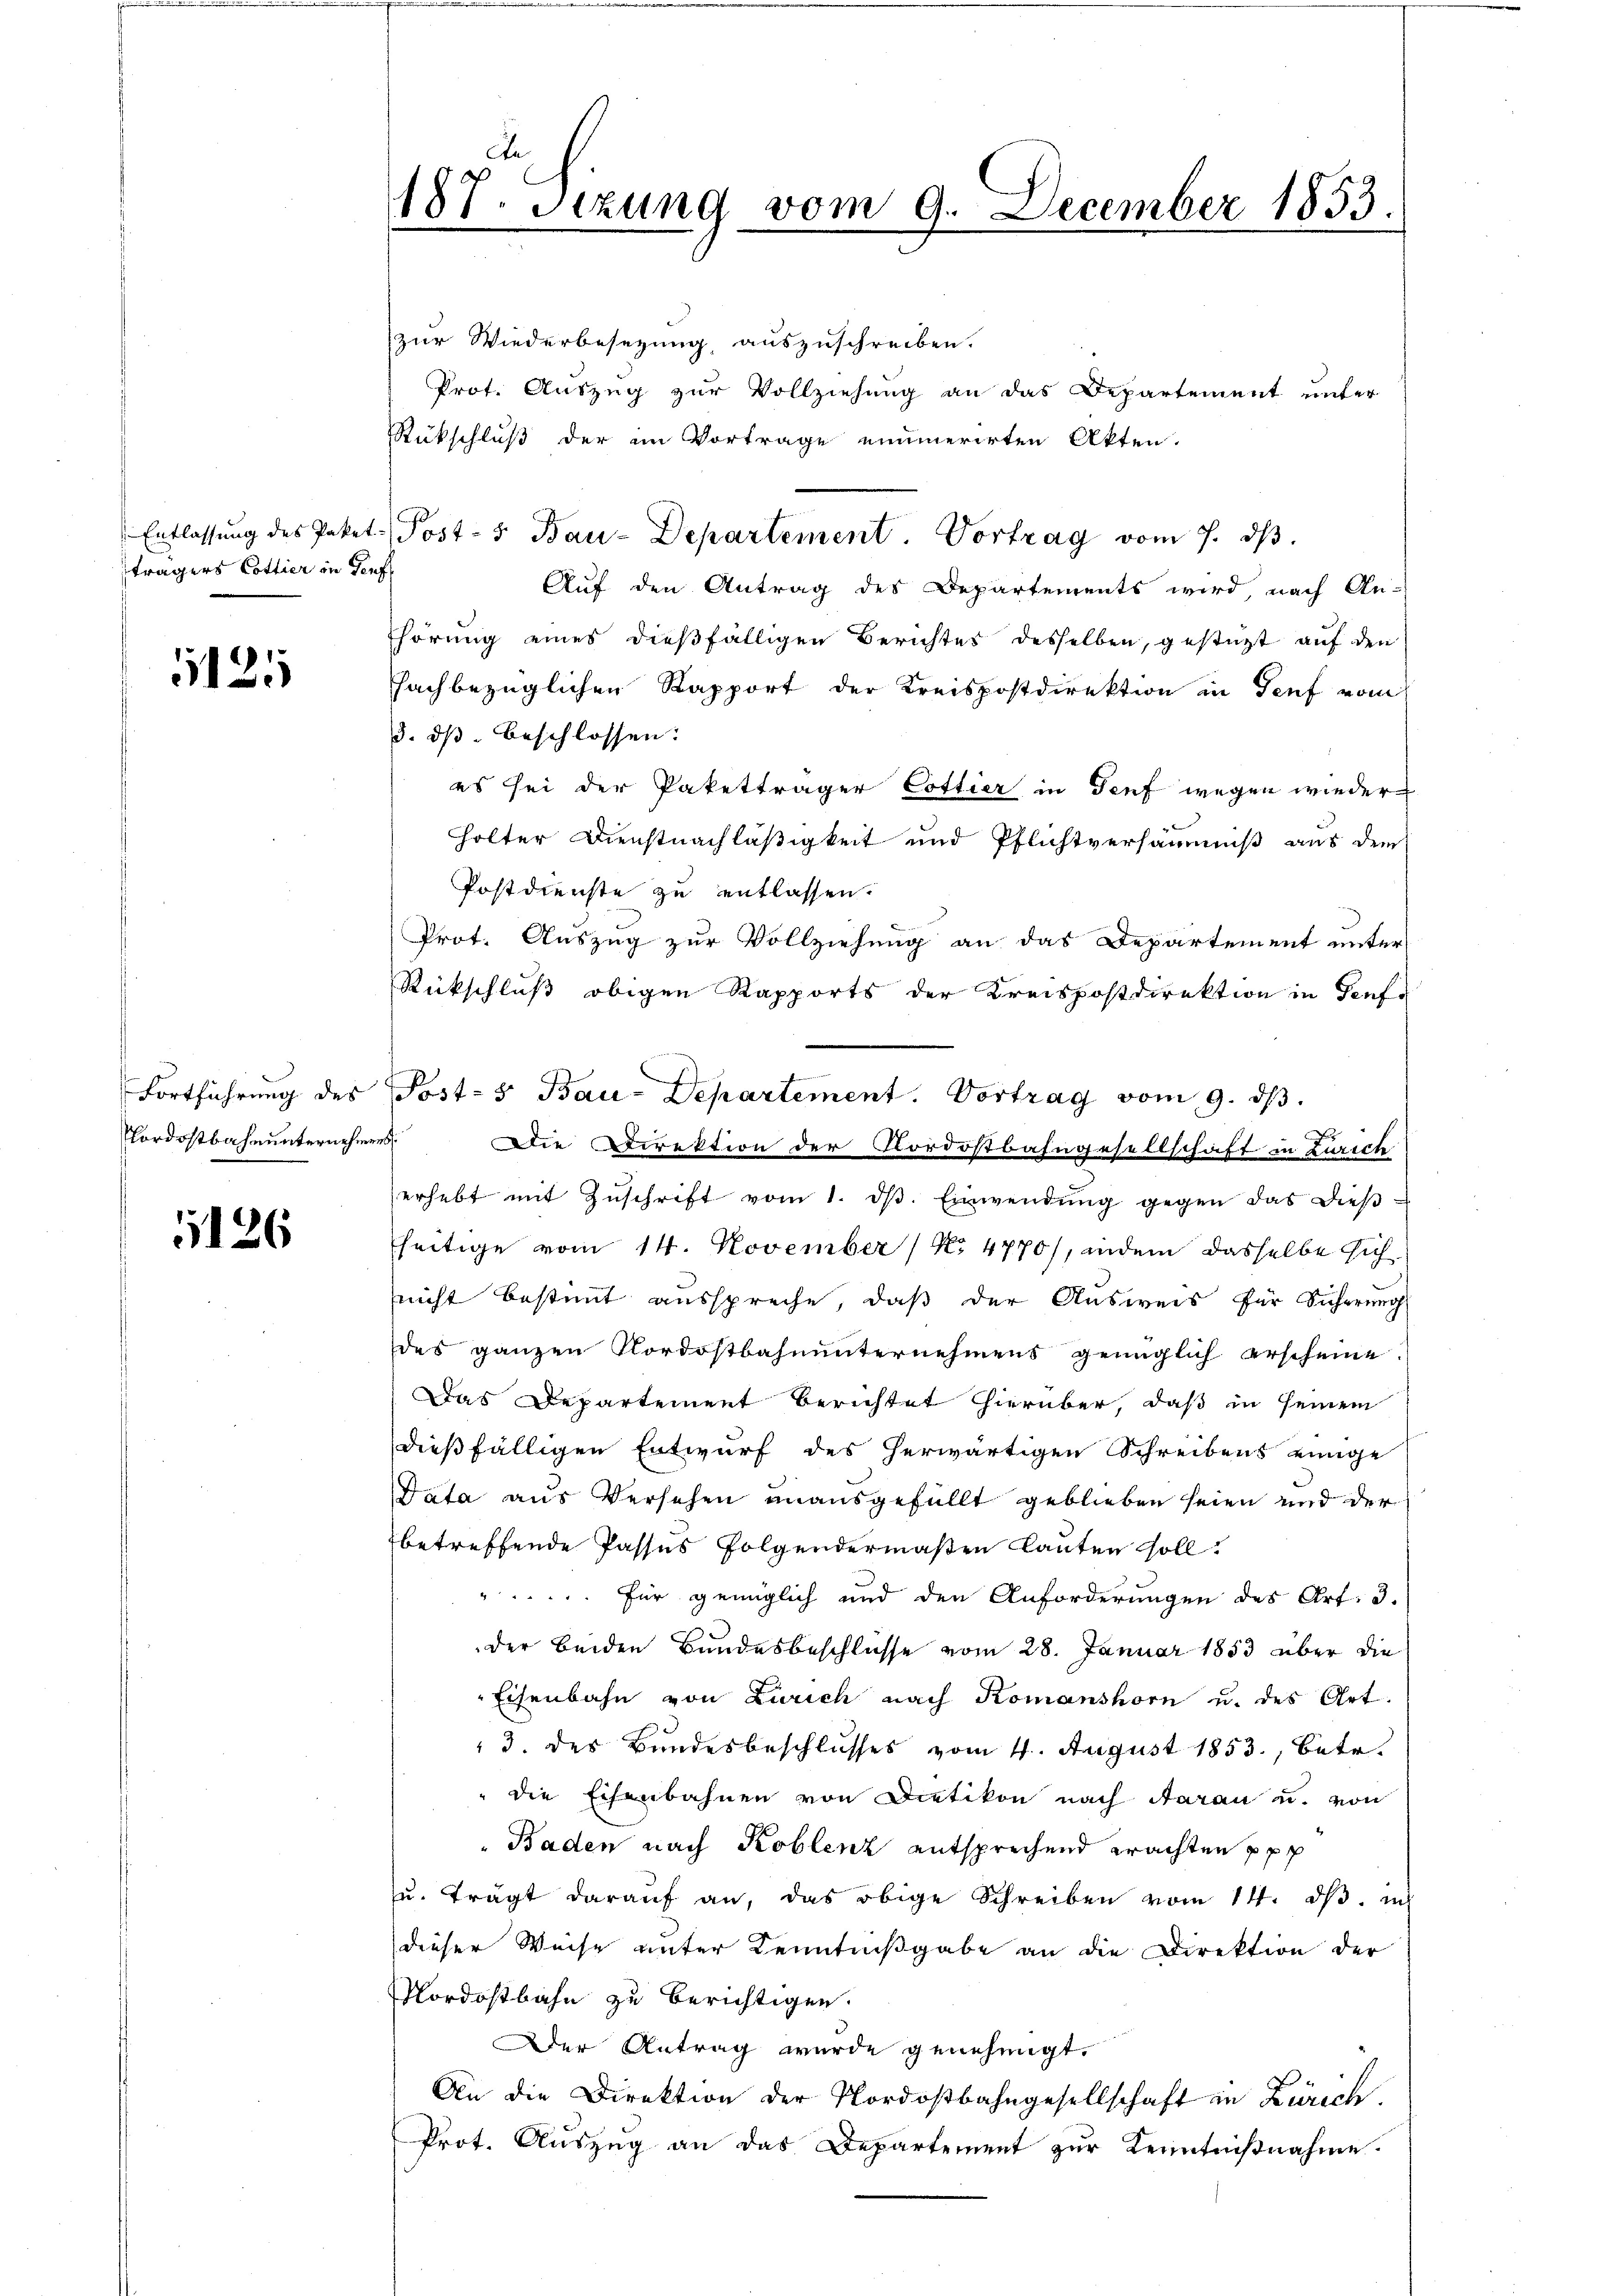
Entlassung des Paket
trägers Cottier in Ge

1125

Fortführung des
Nordostbahnunternehme

1126

187. Sezung vom 9. December 1853.

zur Wiederbesezung auszuschreiben.
Prot. Auszug zur Vollziehung an das Departement unter
Rückschluß der im Vortrage einerirten Akten.
Post- & Bau-Departement. Vortrag vom 7. ds.
b
Auf den Antrag des Departements wird nach An-
hörung eines dießfälligen Berichtes desselben, gestützt auf den
fachbezüglichen Rapport der Kreispostdirektion in Genf vom
3. dβ beschlossen:
es sei der Paketträger Cottier in Genf wegen wieder
holter Dienstnachläßigkeit und Pflichtversämmuß aus dem
Postdienste zu entlassen.
Prot. Auszug zur Vollziehung an das Departement unter
Rückschluß obigen Rapports der Kreispostdirektion in Genf
f
Die Direktion der Nordostbahngesellschaft in Zürich
erhebt mit Zŭschrift vom 1. dβ. Einwendŭng gegen das dieβ-
fheitige vom 14. November / No 4770/, andem dasselbe sich
snicht bestimmt ausspreche, daß der Ausweis für Sicherung
des ganzen Nordostbahnunternehmens genüglich erscheine
Das Departement Berichtet hierüber, daß in seinem
dießfälligen Entwurf des herwärtigen Schreibens einige
Data aus Versehen unausgefüllt geblieben seien und der
betreffende Passus folgendermaßen lauten soll.
". für genüglich und den Anforderungen des Art. 3.
der beiden Bundesbeschlüsse vom 28. Januar 1853 über die
Eisenbahn von Zürich nach Komanshorn u. des Art.
 3. des Bundesbeschlusses vom 4. August 1853, betr.
" die Eisenbahnen von Dietikon nach daran u. von
Baden nach Koblenz entsprechend erachten ppt
ŭ. trägt darauf an, das obige Schreiben vom 14. dβ. m
dieser Weise unter Kenntnißgabe an die Direktion der
Mordostbahn zu berichtigen.
Der Antrag wurde genehmigt.
An die Direktion der Nordostbahngesellschaft in Zürich.
Prot. Auszug an das Departement zur Kenntnißnahme.

Post-5 Bau-Departement. Vortrag vom 9. ds.